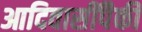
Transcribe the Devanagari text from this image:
आदिवासींपैकी